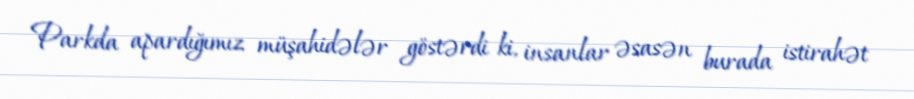
Parkda apardığımız müşahidələr göstərdi ki, insanlar əsasən burada istirahət